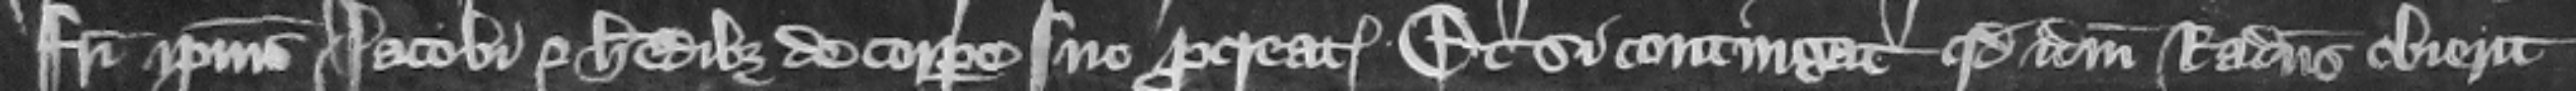
fratri ipsius Iacobi et heredibus de corpore suo procreatis et si contingat quod idem Radulphus obierit